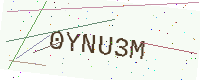
Text: 0YNU3M